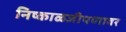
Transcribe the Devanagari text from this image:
निष्काळजीपणावर